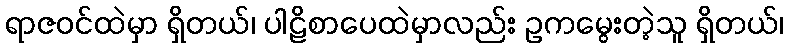
ရာဇဝင်ထဲမှာ ရှိတယ်၊ ပါဠိစာပေထဲမှာလည်း ဥကမွေးတဲ့သူ ရှိတယ်၊